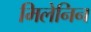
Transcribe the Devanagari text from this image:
मिलेनिन